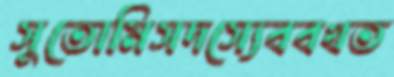
সুতোমিসদস্যেববখত